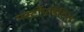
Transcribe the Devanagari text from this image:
मस्टॉयडिटिस